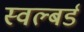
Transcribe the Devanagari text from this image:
स्वल्बर्ड